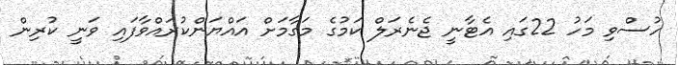
ހުސްވި މަހު 22ގައި އެޓާނީ ޖެނެރަލް ކަމުގެ މަގާމަށް އައްޔަންކުރައްވާފައި ވަނީ ކުރިން